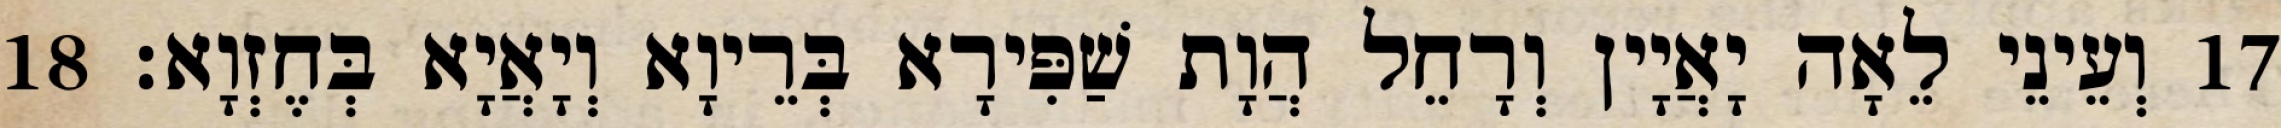
17 וְעֵינֵי לֵאָה יָאֲיָין וְרָחֵל הֲוָת שַׁפִּירָא בְּרֵיוָא וְיָאֲיָא בְּחֶזְוָא׃ 18